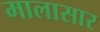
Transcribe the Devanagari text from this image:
मालासार